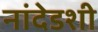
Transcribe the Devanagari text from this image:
नांदेडशी